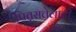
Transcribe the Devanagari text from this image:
पितृसत्तेलाही